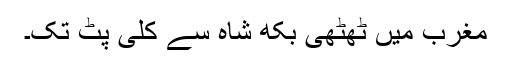
مغرب میں ٹھٹھی بکھ شاہ سے کلی پٹ تک۔